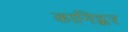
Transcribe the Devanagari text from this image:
कानिट्कर